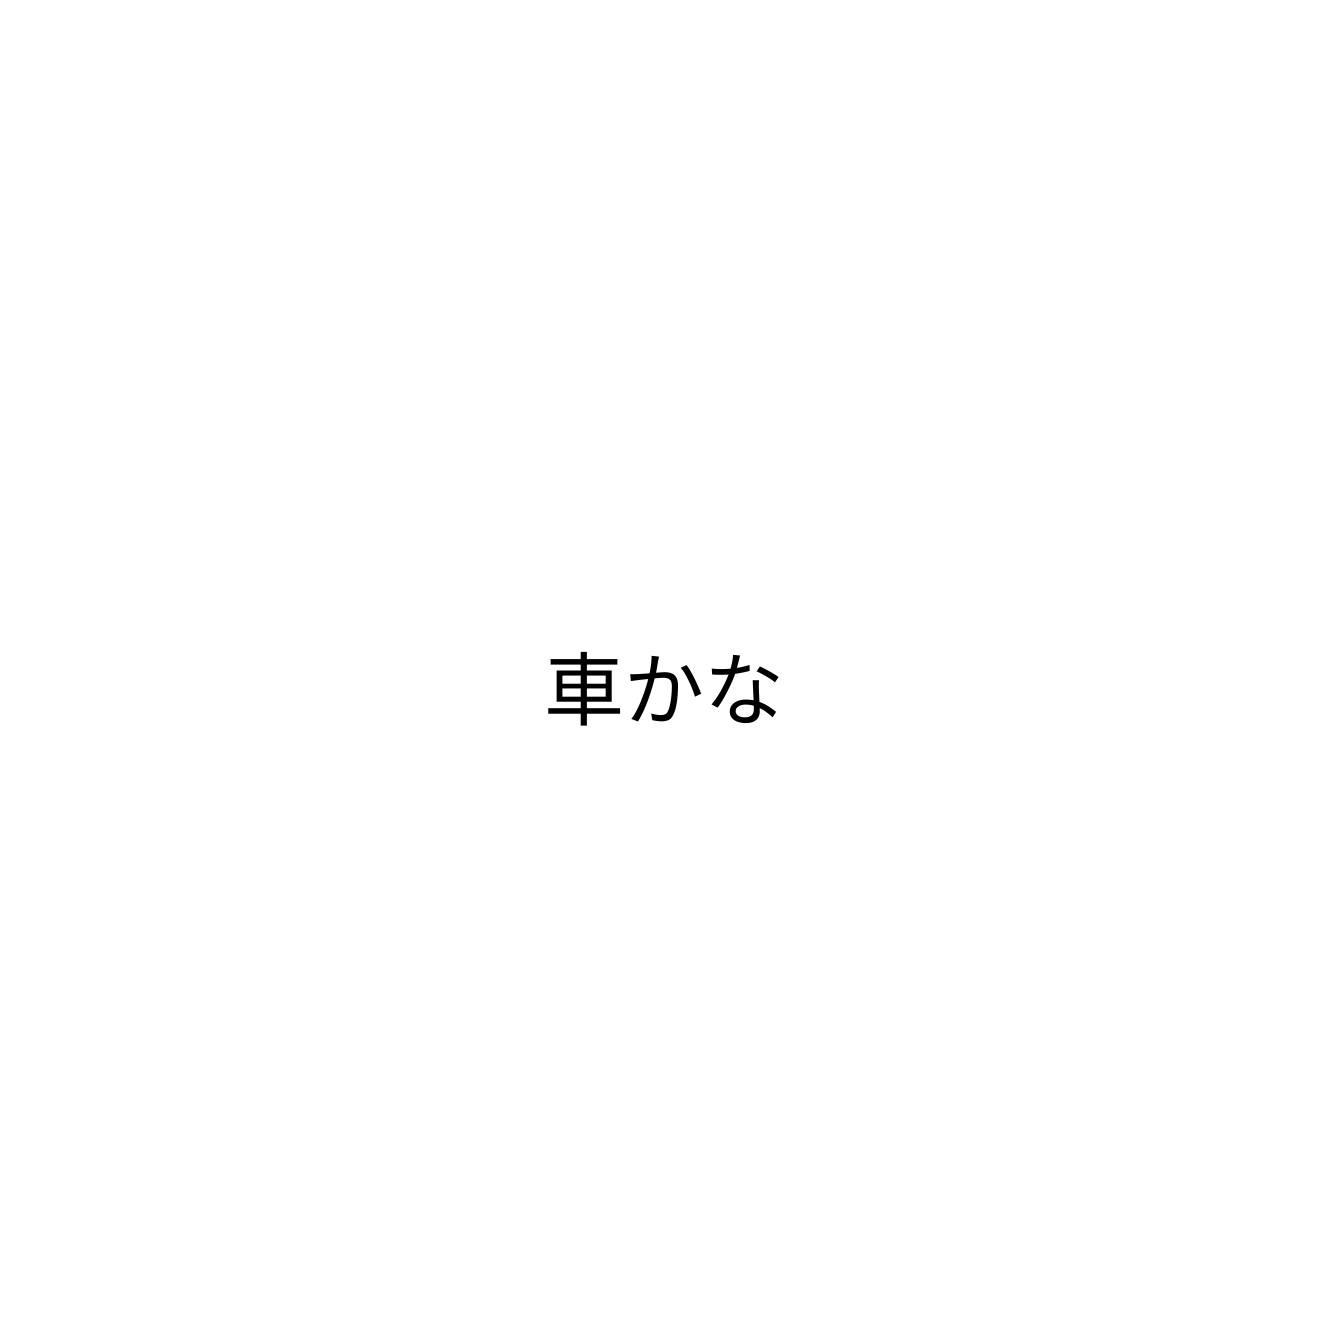
車かな